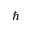
\hbar